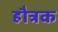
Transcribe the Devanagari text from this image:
हौत्रक